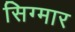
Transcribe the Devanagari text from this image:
सिग्मार